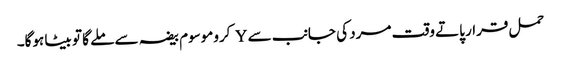
حمل قرار پاتے وقت مرد کی جانب سے Y کروموسوم بیضہ سے ملے گا تو بیٹا ہوگا۔